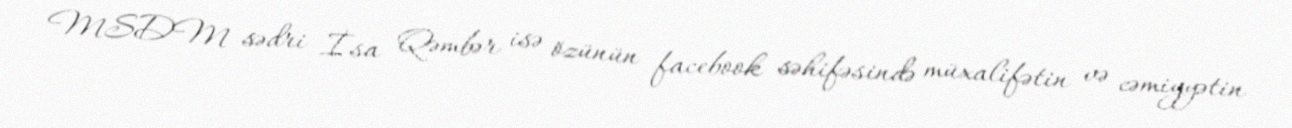
MSDM sədri İsa Qəmbər isə özünün facebook səhifəsində müxalifətin və cəmiyyətin